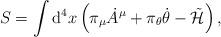
LaTeX: \begin{align*}S=\int {\rm d}^4 x\left(\pi_\mu {\dot A}^\mu + \pi_\theta \dot{\theta}-\tilde{\cal H}\right),\end{align*}